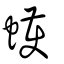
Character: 蠖